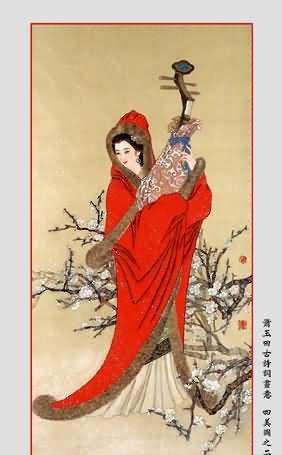
利而诱之，乱而取之，实而备之，强而避之。